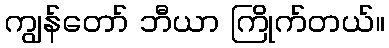
ကျွန်တော် ဘီယာ ကြိုက်တယ်။